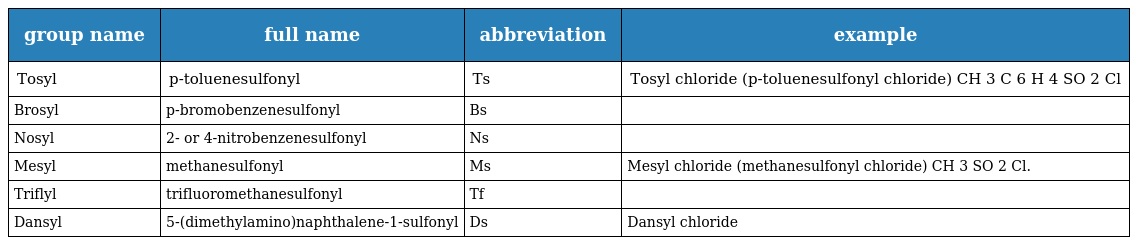
| group name | full name | abbreviation | example |
 | --- | --- | --- | --- |
 | Tosyl | p-toluenesulfonyl | Ts | Tosyl chloride (p-toluenesulfonyl chloride) CH 3 C 6 H 4 SO 2 Cl |
 | Brosyl | p-bromobenzenesulfonyl | Bs |  |
 | Nosyl | 2- or 4-nitrobenzenesulfonyl | Ns |  |
 | Mesyl | methanesulfonyl | Ms | Mesyl chloride (methanesulfonyl chloride) CH 3 SO 2 Cl. |
 | Triflyl | trifluoromethanesulfonyl | Tf |  |
 | Dansyl | 5-(dimethylamino)naphthalene-1-sulfonyl | Ds | Dansyl chloride |